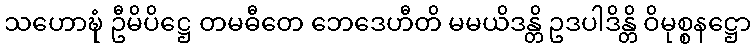
သဟောဍ္ဎံ ဦမိပိဋ္ဌေ တမဓီတေ ဘေဒေဟီတိ မမယိဒန္တိ ဥဒပါဒိန္တိ ဝိမုစ္စနဋ္ဌော